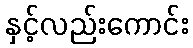
နှင့်လည်းကောင်း